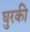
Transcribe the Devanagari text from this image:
घुरकी